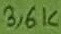
Text: 3,6K